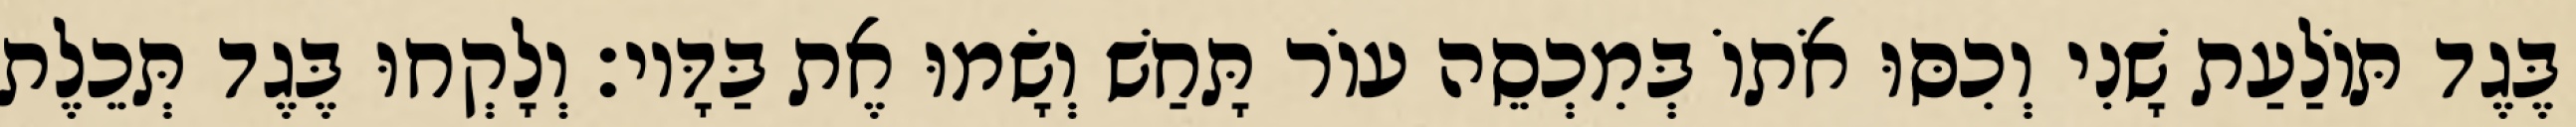
בֶּגֶד תּוֹלַעַת שָׁנִי וְכִסּוּ אֹתוֹ בְּמִכְסֵה עוֹר תָּחַשׁ וְשָׂמוּ אֶת בַּדָּיו׃ וְלָקְחוּ בֶּגֶד תְּכֵלֶת